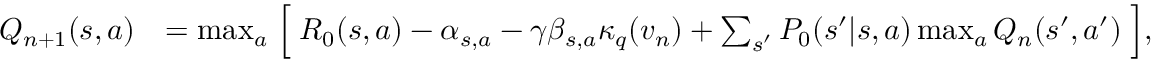
\begin{array} { r l } { Q _ { n + 1 } ( s , a ) } & { = \operatorname* { m a x } _ { a } \Bigm [ R _ { 0 } ( s , a ) - \alpha _ { s , a } - \gamma \beta _ { s , a } \kappa _ { q } ( v _ { n } ) + \sum _ { s ^ { \prime } } P _ { 0 } ( s ^ { \prime } | s , a ) \operatorname* { m a x } _ { a } Q _ { n } ( s ^ { \prime } , a ^ { \prime } ) \Bigm ] , } \end{array}